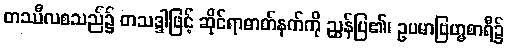
တဿီလစသည်၌ တသဒ္ဒါဖြင့် ဆိုင်ရာဓာတ်နက်ကို ညွှန်ပြ၏၊ ဥပမာဗြဟ္မစာရီ၌